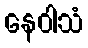
နေဝါသံ